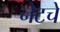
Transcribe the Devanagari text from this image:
नेटचे